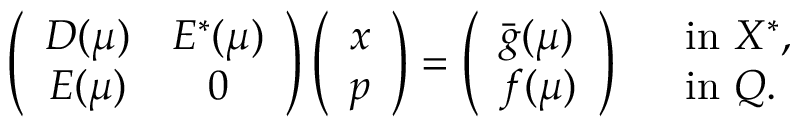
\left( \begin{array} { c c } { D ( \boldsymbol { \mu } ) } & { E ^ { * } ( \boldsymbol { \mu } ) } \\ { E ( \boldsymbol { \mu } ) } & { 0 } \end{array} \right) \left( \begin{array} { l } { x } \\ { p } \end{array} \right) = \left( \begin{array} { l } { \bar { g } ( \boldsymbol { \mu } ) } \\ { f ( \boldsymbol { \mu } ) } \end{array} \right) \begin{array} { l l } & { \mathrm { i n ~ } X ^ { * } , } \\ & { \mathrm { i n ~ } Q . } \end{array}